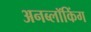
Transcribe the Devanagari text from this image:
अनब्लॉकिंग